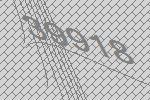
39918